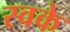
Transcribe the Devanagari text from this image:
स्वके